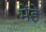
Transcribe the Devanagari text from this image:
मेंडे